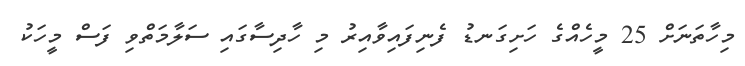
މިހާތަނަށް 25 މީހެއްގެ ހަށިގަނޑު ފެނިފައިވާއިރު މި ހާދިސާގައި ސަލާމަތްވި ފަސް މީހަކު